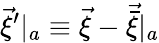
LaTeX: \vec{\xi}^{\prime}|_{a}\equiv\vec{\xi}-\vec{\bar{\xi}}|_{a}